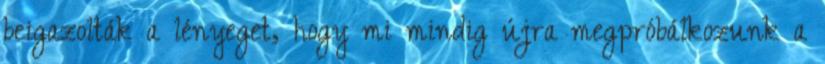
beigazolták a lényeget, hogy mi mindig újra megpróbálkozunk a